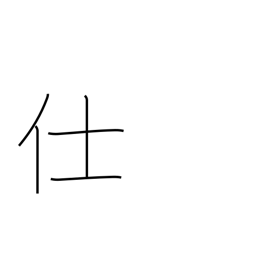
Meaning: attend